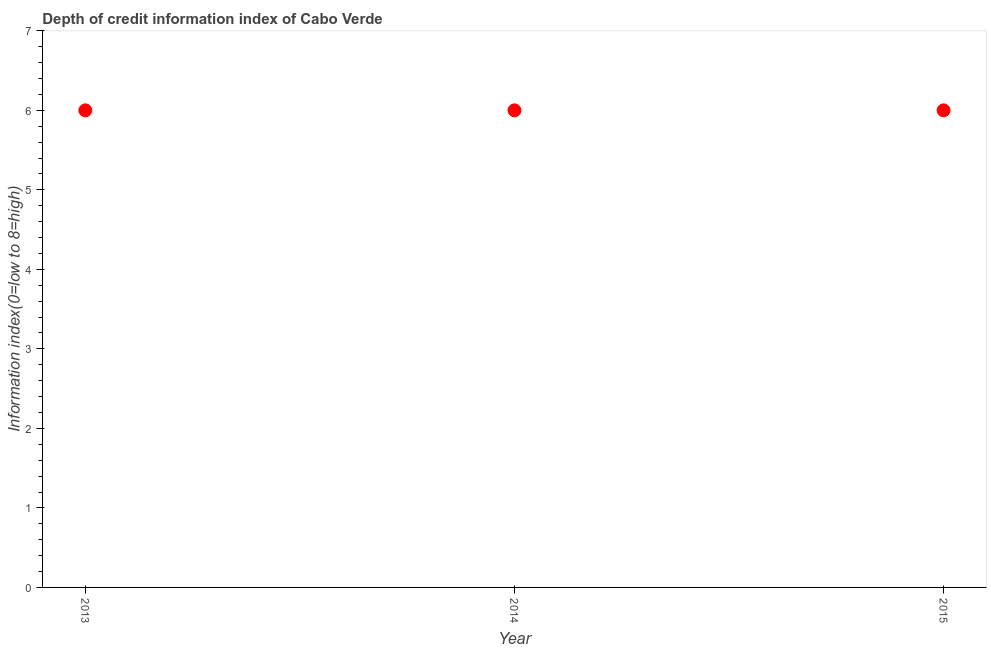
| Year | Depth of credit information index |
 | --- | --- |
 | 2013 | 6 |
 | 2014 | 6 |
 | 2015 | 6 |